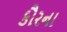
કૌરના